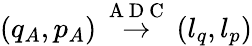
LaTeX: (q_{A},p_{A})\overset{\mathrm{~A~D~C~}}{\rightarrow}(l_{q},l_{p})